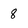
Character: 8